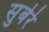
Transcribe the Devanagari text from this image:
सुबेरे